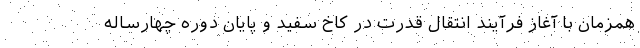
همزمان با آغاز فرآیند انتقال قدرت در کاخ سفید و پایان دوره چهارساله